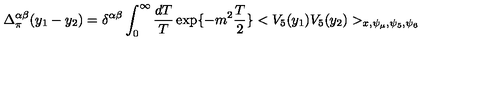
\Delta _ { \pi } ^ { \alpha \beta } ( y _ { 1 } - y _ { 2 } ) = \delta ^ { \alpha \beta } \int _ { 0 } ^ { \infty } \frac { d T } { T } \exp \{ - m ^ { 2 } \frac { T } { 2 } \} < V _ { 5 } ( y _ { 1 } ) V _ { 5 } ( y _ { 2 } ) > _ { x , \psi _ { \mu } , \psi _ { 5 } , \psi _ { 6 } }